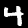
Label: 4